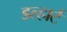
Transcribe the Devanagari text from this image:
डल्हार्ट